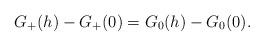
LaTeX: \begin{align*}G_+(h)-G_+(0)= G_0(h)-G_0(0). \end{align*}